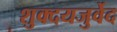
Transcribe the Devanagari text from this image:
शुक्दयजुर्वेद